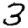
Digit: 3